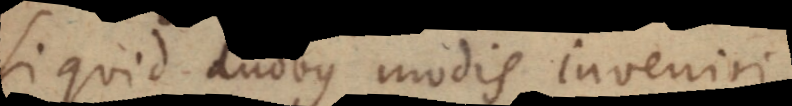
Si quid duobus modis inveniri